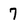
Character: 7